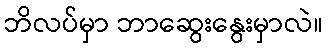
ဘိလပ်မှာ ဘာဆွေးနွေးမှာလဲ။